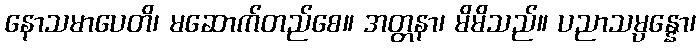
နောသမာပေတိ၊ မဆောက်တည်စေ။ အတ္တနာ၊ မိမိသည်။ ပညာသမ္ပန္နော၊